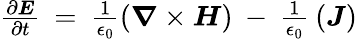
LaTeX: \begin{array}{r}{\frac{\partial\boldsymbol{E}}{\partial t}\: =\: \frac{1}{\epsilon_{0}}(\boldsymbol{\nabla}\times\boldsymbol{H})\: -\: \frac{1}{\epsilon_{0}}\: (\boldsymbol{J})}\end{array}